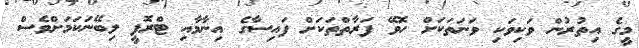
މީގެ އިތުރުން ވަކިވަކި ވަނަތަކަށް ހޮވޭ ފަރާތްތަކަށް ފައިސާގެ އިނާމާއި ޓްރޮފީ ލިބޭނަކަމަށްވެސް